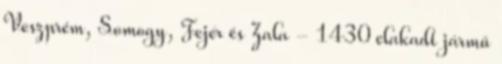
Veszprém, Somogy, Fejér és Zala - 1430 elakadt jármű